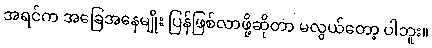
အရင်က အခြေအနေမျိုး ပြန်ဖြစ်လာဖို့ဆိုတာ မလွယ်တော့ ပါဘူး။